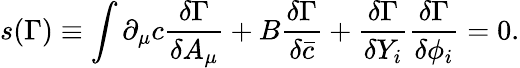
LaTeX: s(\Gamma)\equiv\int\partial_{\mu}c\frac{\delta\Gamma}{\delta A_{\mu}}+B\frac{\delta\Gamma}{\delta\bar{c}}+\frac{\delta\Gamma}{\delta Y_{i}}\frac{\delta\Gamma}{\delta\phi_{i}}=0.